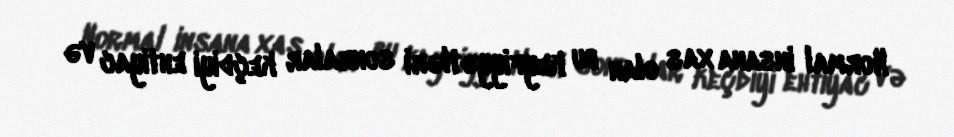
Normal insana xas olan bu keyfiyyətləri sonralar keçdiyi ehtiyac və